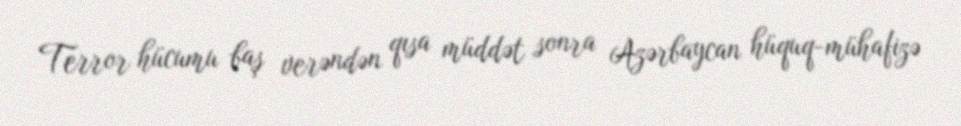
Terror hücumu baş verəndən qısa müddət sonra Azərbaycan hüquq-mühafizə